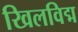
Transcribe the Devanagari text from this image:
खिलविद्म